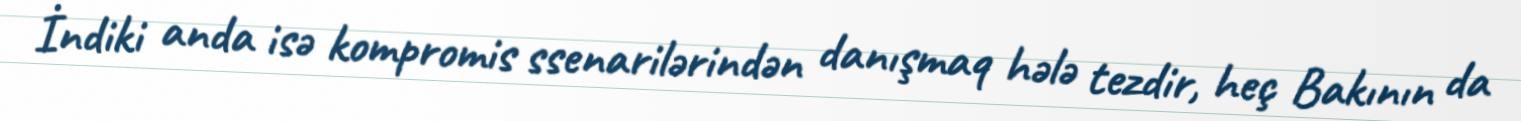
İndiki anda isə kompromis ssenarilərindən danışmaq hələ tezdir, heç Bakının da